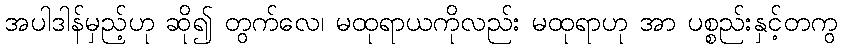
အပါဒါန်မှည့်ဟု ဆို၍ တွက်လေ၊ မထုရာယကိုလည်း မထုရာဟု အာ ပစ္စည်းနှင့်တကွ